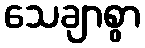
သေချာစွာ